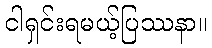
ငါရှင်းရမယ့်ပြဿနာ။